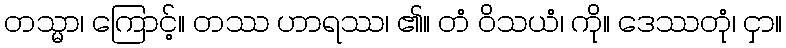
တသ္မာ၊ ကြောင့်။ တဿ ဟာရဿ၊ ၏။ တံ ဝိသယံ၊ ကို။ ဒေဿတုံ၊ ငှာ။